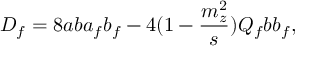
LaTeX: D _ { f } = 8 a b a _ { f } b _ { f } - 4 ( 1 - { \frac { m _ { z } ^ { 2 } } { s } } ) Q _ { f } b b _ { f } ,